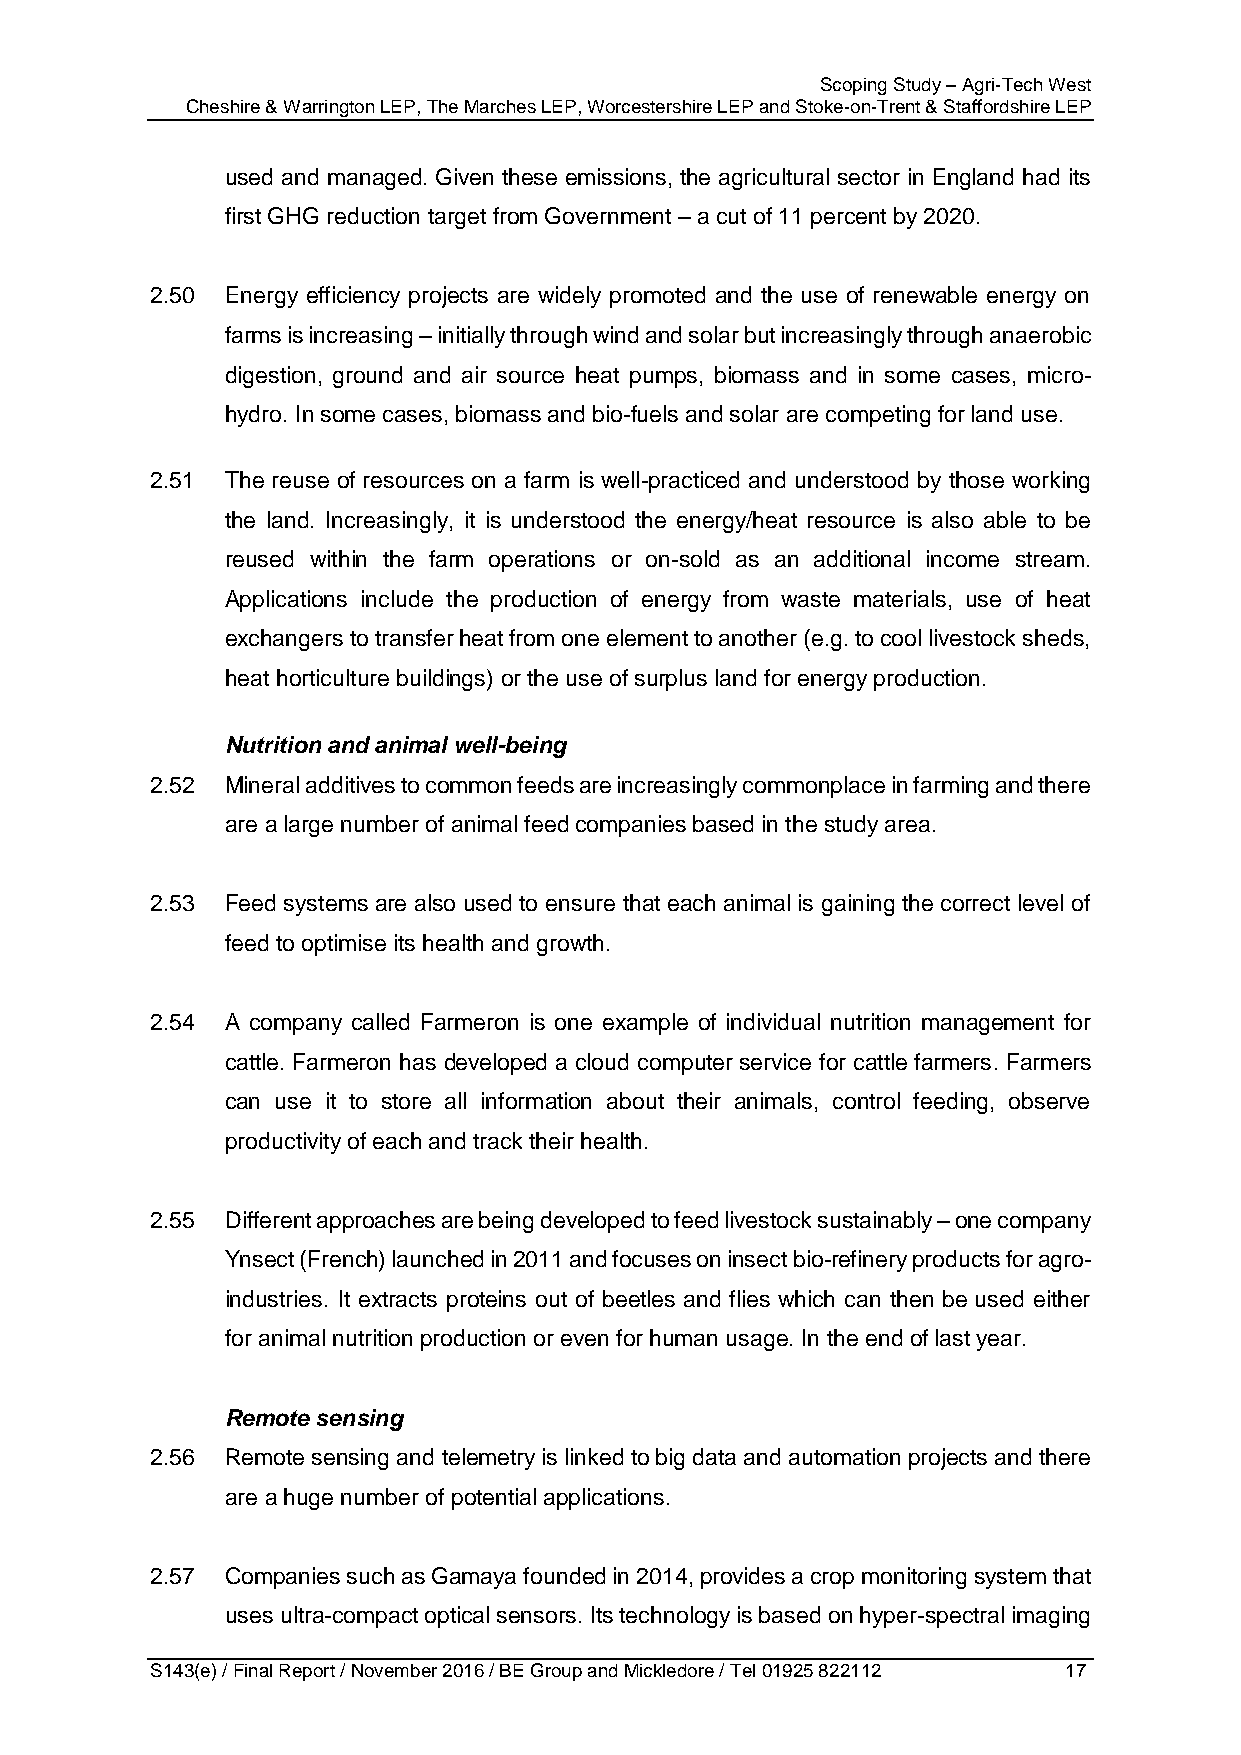
Scoping Study – Agri-Tech West
 Cheshire & Warrington LEP, The Marches LEP, Worcestershire LEP and Stoke-on-Trent & Staffordshire LEP
 used and managed. Given these emissions, the agricultural sector in England had its
 first GHG reduction target from Government – a cut of 11 percent by 2020.
 2.50 Energy efficiency projects are widely promoted and the use of renewable energy on
 farms is increasing – initially through wind and solar but increasingly through anaerobic
 digestion, ground and air source heat pumps, biomass and in some cases, micro-
 hydro. In some cases, biomass and bio-fuels and solar are competing for land use.
 2.51 The reuse of resources on a farm is well-practiced and understood by those working
 the land. Increasingly, it is understood the energy/heat resource is also able to be
 reused within the farm operations or on-sold as an additional income stream.
 Applications include the production of energy from waste materials, use of heat
 exchangers to transfer heat from one element to another (e.g. to cool livestock sheds,
 heat horticulture buildings) or the use of surplus land for energy production.
 Nutrition and animal well-being
 2.52 Mineral additives to common feeds are increasingly commonplace in farming and there
 are a large number of animal feed companies based in the study area.
 2.53 Feed systems are also used to ensure that each animal is gaining the correct level of
 feed to optimise its health and growth.
 2.54 A company called Farmeron is one example of individual nutrition management for
 cattle. Farmeron has developed a cloud computer service for cattle farmers. Farmers
 can use it to store all information about their animals, control feeding, observe
 productivity of each and track their health.
 2.55 Different approaches are being developed to feed livestock sustainably – one company
 Ynsect (French) launched in 2011 and focuses on insect bio-refinery products for agro-
 industries. It extracts proteins out of beetles and flies which can then be used either
 for animal nutrition production or even for human usage. In the end of last year.
 Remote sensing
 2.56 Remote sensing and telemetry is linked to big data and automation projects and there
 are a huge number of potential applications.
 2.57 Companies such as Gamaya founded in 2014, provides a crop monitoring system that
 uses ultra-compact optical sensors. Its technology is based on hyper-spectral imaging
 S143(e) / Final Report / November 2016 / BE Group and Mickledore / Tel 01925 822112 17